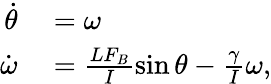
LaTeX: \begin{array}{rl}{\dot{\theta}}&{{}=\omega}\\ {\dot{\omega}}&{{}=\frac{LF_{B}}{I}\sin{\theta}-\frac{\gamma}{I}\omega,}\end{array}